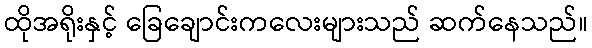
ထိုအရိုးနှင့် ခြေချောင်းကလေးများသည် ဆက်နေသည်။